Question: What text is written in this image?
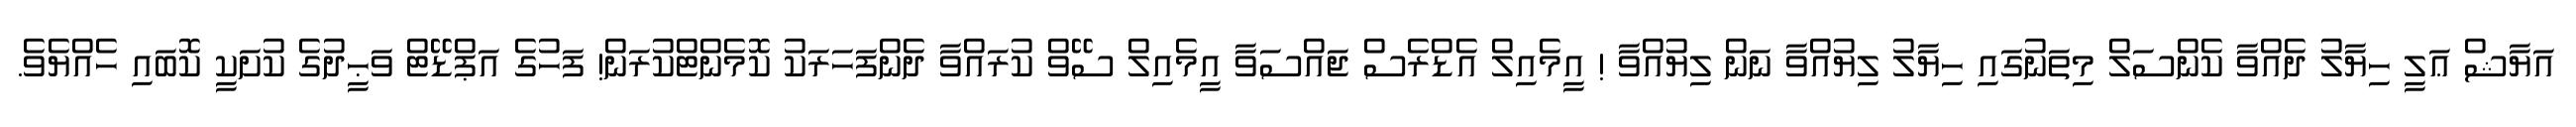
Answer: އަޔާޝް ޢަލީ ހިޔާލު ދެއްވާ ކެންސަލް މިތަނުގައި ހިޔާލު ލިޔުއްވާ ނަން ލިޔުއްވާ ! އީމެއިލް އެޑްރެސް ޖައްސަވާ އީމެއިލް ސޭވް ކުރައްވާ ދެންފަހަރަކު ކޮމެންޓްކުރަން! ފަހުގެ އަޕްޑޭޓް ވަޙީދުގެ ކުށަކީ ކޮބައި ހެއްޔެވެ.